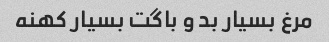
مرغ بسیار بد و باگت بسیار کهنه